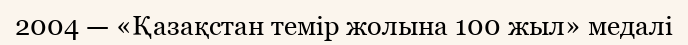
2004 — «Қазақстан темір жолына 100 жыл» медалі